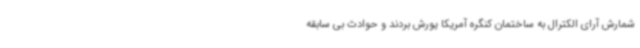
شمارش آرای الکترال به ساختمان کنگره آمریکا یورش بردند و حوادث بی سابقه